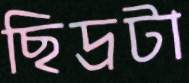
ছিদ্রটা